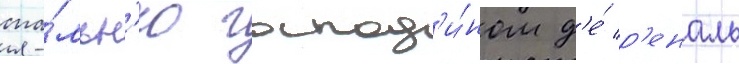
спа́льн'ю господ'и́ном д'е́ р'еналь